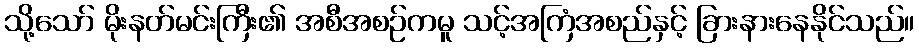
သို့သော် မိုးနတ်မင်းကြီး၏ အစီအစဉ်ကမူ သင့်အကြံအစည်နှင့် ခြားနားနေနိုင်သည်။